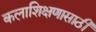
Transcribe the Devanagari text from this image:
कलाशिक्षणासाठी